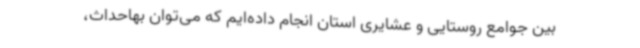
بین جوامع روستایی و عشایری استان انجام داده‌ایم که می‌توان بهاحداث،